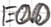
Text: E0.0